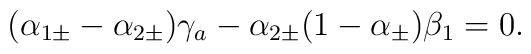
(\alpha_{1\pm} - \alpha_{2\pm})\gamma_a - \alpha_{2\pm} (1 - \alpha_\pm)\beta_1 = 0.